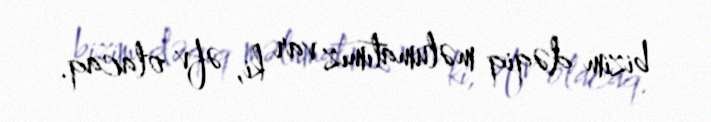
bizim dəqiq məlumatımız var ki, əfv olacaq.